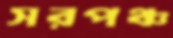
সরপঞ্চ